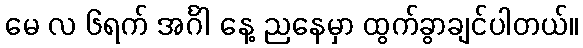
မေ လ ၆ရက် အင်္ဂါ နေ့ ညနေမှာ ထွက်ခွာချင်ပါတယ်။